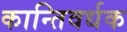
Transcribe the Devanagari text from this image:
कान्तिवर्धक